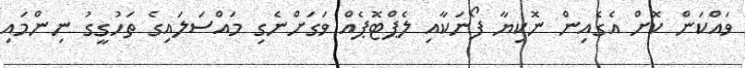
ވައްކަން ކޮށް އެގެއިން ނޮކިޔާ ފޯނަކާއި ލެޕްޓޮޕެއް ވަގަށްނެގި މައްސަލައިގެ ތަހުގީގު ނިންމައި